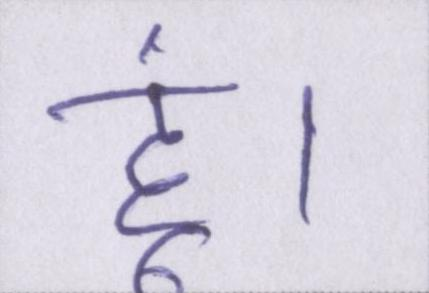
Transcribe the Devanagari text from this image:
हूं।